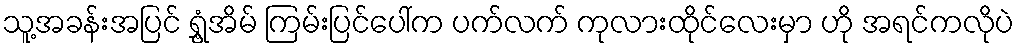
သူ့အခန်းအပြင် ရွှံ့အိမ် ကြမ်းပြင်ပေါ်က ပက်လက် ကုလားထိုင်လေးမှာ ဟို အရင်ကလိုပဲ